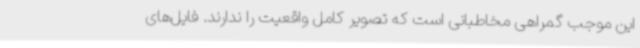
این موجب گمراهی مخاطبانی است که تصویر کامل واقعیت را ندارند. فایل‌های